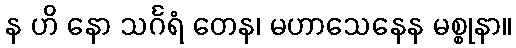
န ဟိ နော သင်္ဂရံ တေန၊ မဟာသေနေန မစ္စုနာ။